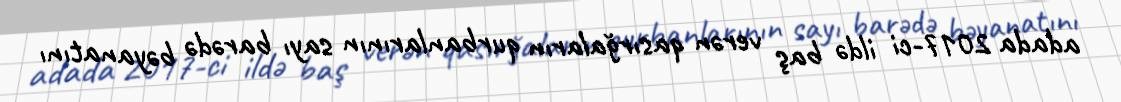
adada 2017-ci ildə baş verən qasırğaların qurbanlarının sayı barədə bəyanatını